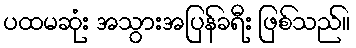
ပထမဆုံး အသွားအပြန်ခရီး ဖြစ်သည်။